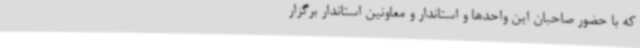
که با حضور صاحبان این واحدها و استاندار و معاونین استاندار برگزار